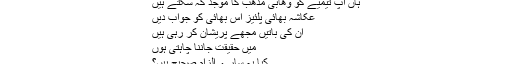
ہاں آپ تیمیے کو وھابی مذھب کا موجد کہ سکتے ہیں
عکاشہ بھائی پلئیز اس بھائی کو جواب دیں
ان کی باتیں مجھے پریشان کر رہی ہیں
میں حقیقت جاننا چاہتی ہوں
کیا یہ سارے الزام صحیح ہیں؟